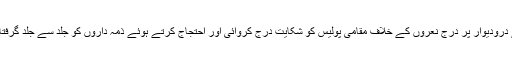
اسکول کی انتظامیہ نے درودیوار پر درج نعروں کے خلاف مقامی پولیس کو شکایت درج کروائی اور احتجاج کرتے ہوئے ذمہ داروں کو جلد سے جلد گرفتار کرنے کا مطالبہ کیا۔